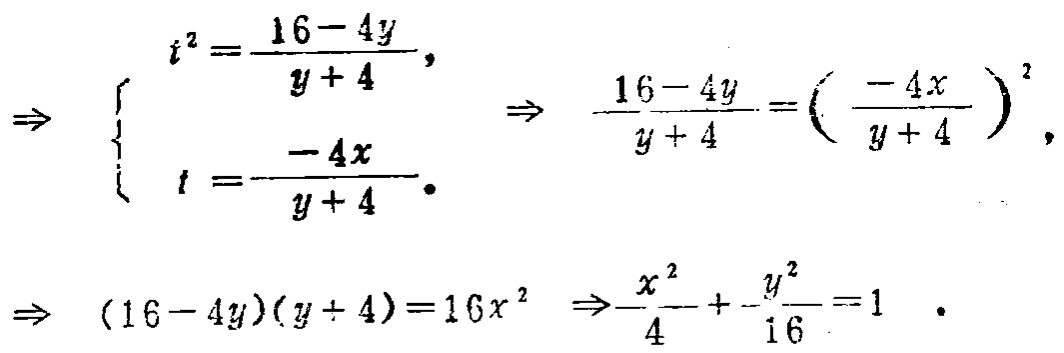
\[

\begin{align*}

&\Rightarrow

\begin{cases}

t^{2}=\frac{16 - 4y}{y + 4},\\

t=\frac{-4x}{y + 4}.

\end{cases}

\Rightarrow

\frac{16 - 4y}{y + 4}=\left(\frac{-4x}{y + 4}\right)^{2},\\

&\Rightarrow

(16 - 4y)(y + 4)=16x^{2}

\Rightarrow\frac{x^{2}}{4}+\frac{y^{2}}{16}=1.

\end{align*}

\]